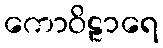
ကောဝိဠာရေ